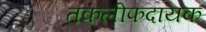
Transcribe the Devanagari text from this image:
तकलीफदायक